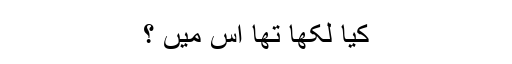
کیا لکھا تھا اُس میں ؟